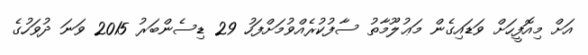
އަށް މިއޮފީހަށް ވަޑައިގެން މަޢުލޫމާތު ސާފުކުރެއްވުމަށްފަހު 29 ޑިސެންބަރު 2015 ވަނަ ދުވަހުގެ